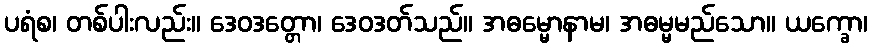
ပရံစ၊ တစ်ပါးလည်း။ ဒေဝဒတ္တော၊ ဒေဝဒတ်သည်။ အဓမ္မောနာမ၊ အဓမ္မမည်သော။ ယက္ခော၊